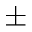
\pm